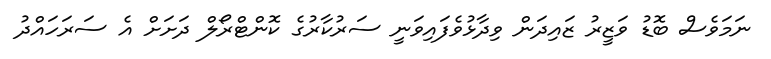
ނަމަވެސް ބޮޑު ވަޒީރު ޒައިދަން ވިދާޅުވެފައިވަނީ ސަރުކާރުގެ ކޮންޓްރޯލް ދަށަށް އެ ސަރަހައްދު